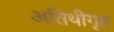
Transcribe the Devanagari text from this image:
अतिथीगृह